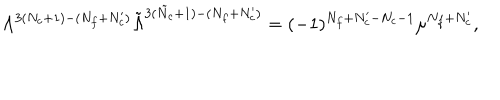
\Lambda ^ { 3 ( N _ { c } + 1 ) - ( N _ { f } + N _ { c } ^ { \prime } ) } \tilde { \Lambda } ^ { 3 ( \tilde { N } _ { c } + 1 ) - ( N _ { f } + N _ { c } ^ { \prime } ) } = ( - 1 ) ^ { N _ { f } + N _ { c } ^ { \prime } - N _ { c } - 1 } \mu ^ { N _ { f } + N _ { c } ^ { \prime } } ,